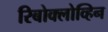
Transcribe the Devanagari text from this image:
रिबोक्लोव्हिन